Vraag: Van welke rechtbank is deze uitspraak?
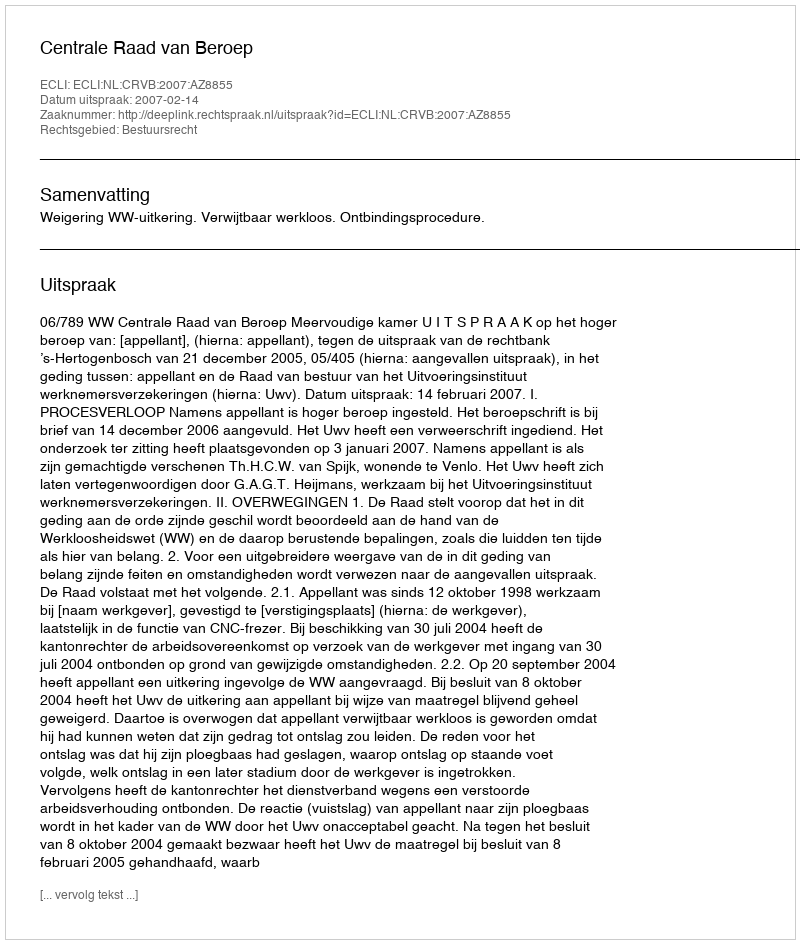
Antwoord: Centrale Raad van Beroep